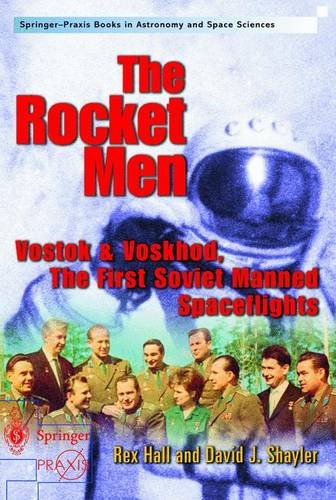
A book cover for The Rocket Men : Vostok and Voskhod, the First Soviet Manned Spaceflights; Rex Hall; Science & Math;